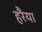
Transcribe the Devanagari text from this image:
हरैया